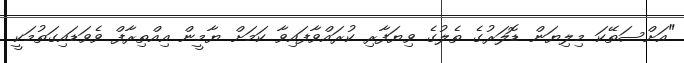
"އަށްސަތޭކަ މިލިޔަން ޑޮލަރުގެ ތެލުގެ ވިޔަފާރި ކުރައްވާފައިވާ ކަމަށް ޔާމީން އިއްތިރާފް ވެވަޑައިގަތުމަކީ